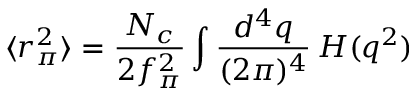
\langle r _ { \pi } ^ { 2 } \rangle = \frac { N _ { c } } { 2 f _ { \pi } ^ { 2 } } \int \frac { d ^ { 4 } q } { ( 2 \pi ) ^ { 4 } } \, H ( q ^ { 2 } )